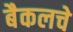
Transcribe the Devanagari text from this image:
बैकलचे